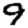
Digit: 9